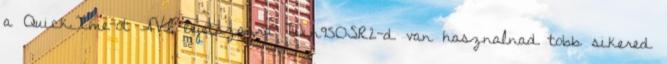
a QuickTime-ot AVI lejetszasra Win95OSR2-d van hasznalnad tobb sikered